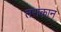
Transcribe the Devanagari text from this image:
तराकान